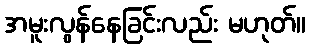
အမူးလွန်နေခြင်းလည်း မဟုတ်။